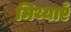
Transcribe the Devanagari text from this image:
मिथ्याएँ